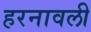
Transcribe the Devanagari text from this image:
हरनावली